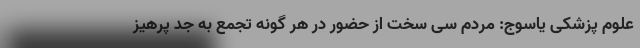
علوم پزشکی یاسوج: مردم سی سخت از حضور در هر گونه تجمع به جد پرهیز